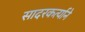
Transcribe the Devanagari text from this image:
सादरकर्त्याने